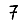
Digit: 7